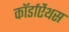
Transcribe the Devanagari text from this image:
कॉर्डाऐंथस